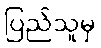
ပြည်သူမှ